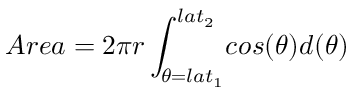
A r e a = 2 \pi r \int _ { \theta = l a t _ { 1 } } ^ { l a t _ { 2 } } \! c o s ( \theta ) d ( \theta )